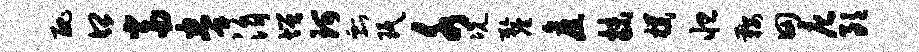
丑口当拳涓增珂瓢珉水况厘旧抹朴怛鞍田庀朗